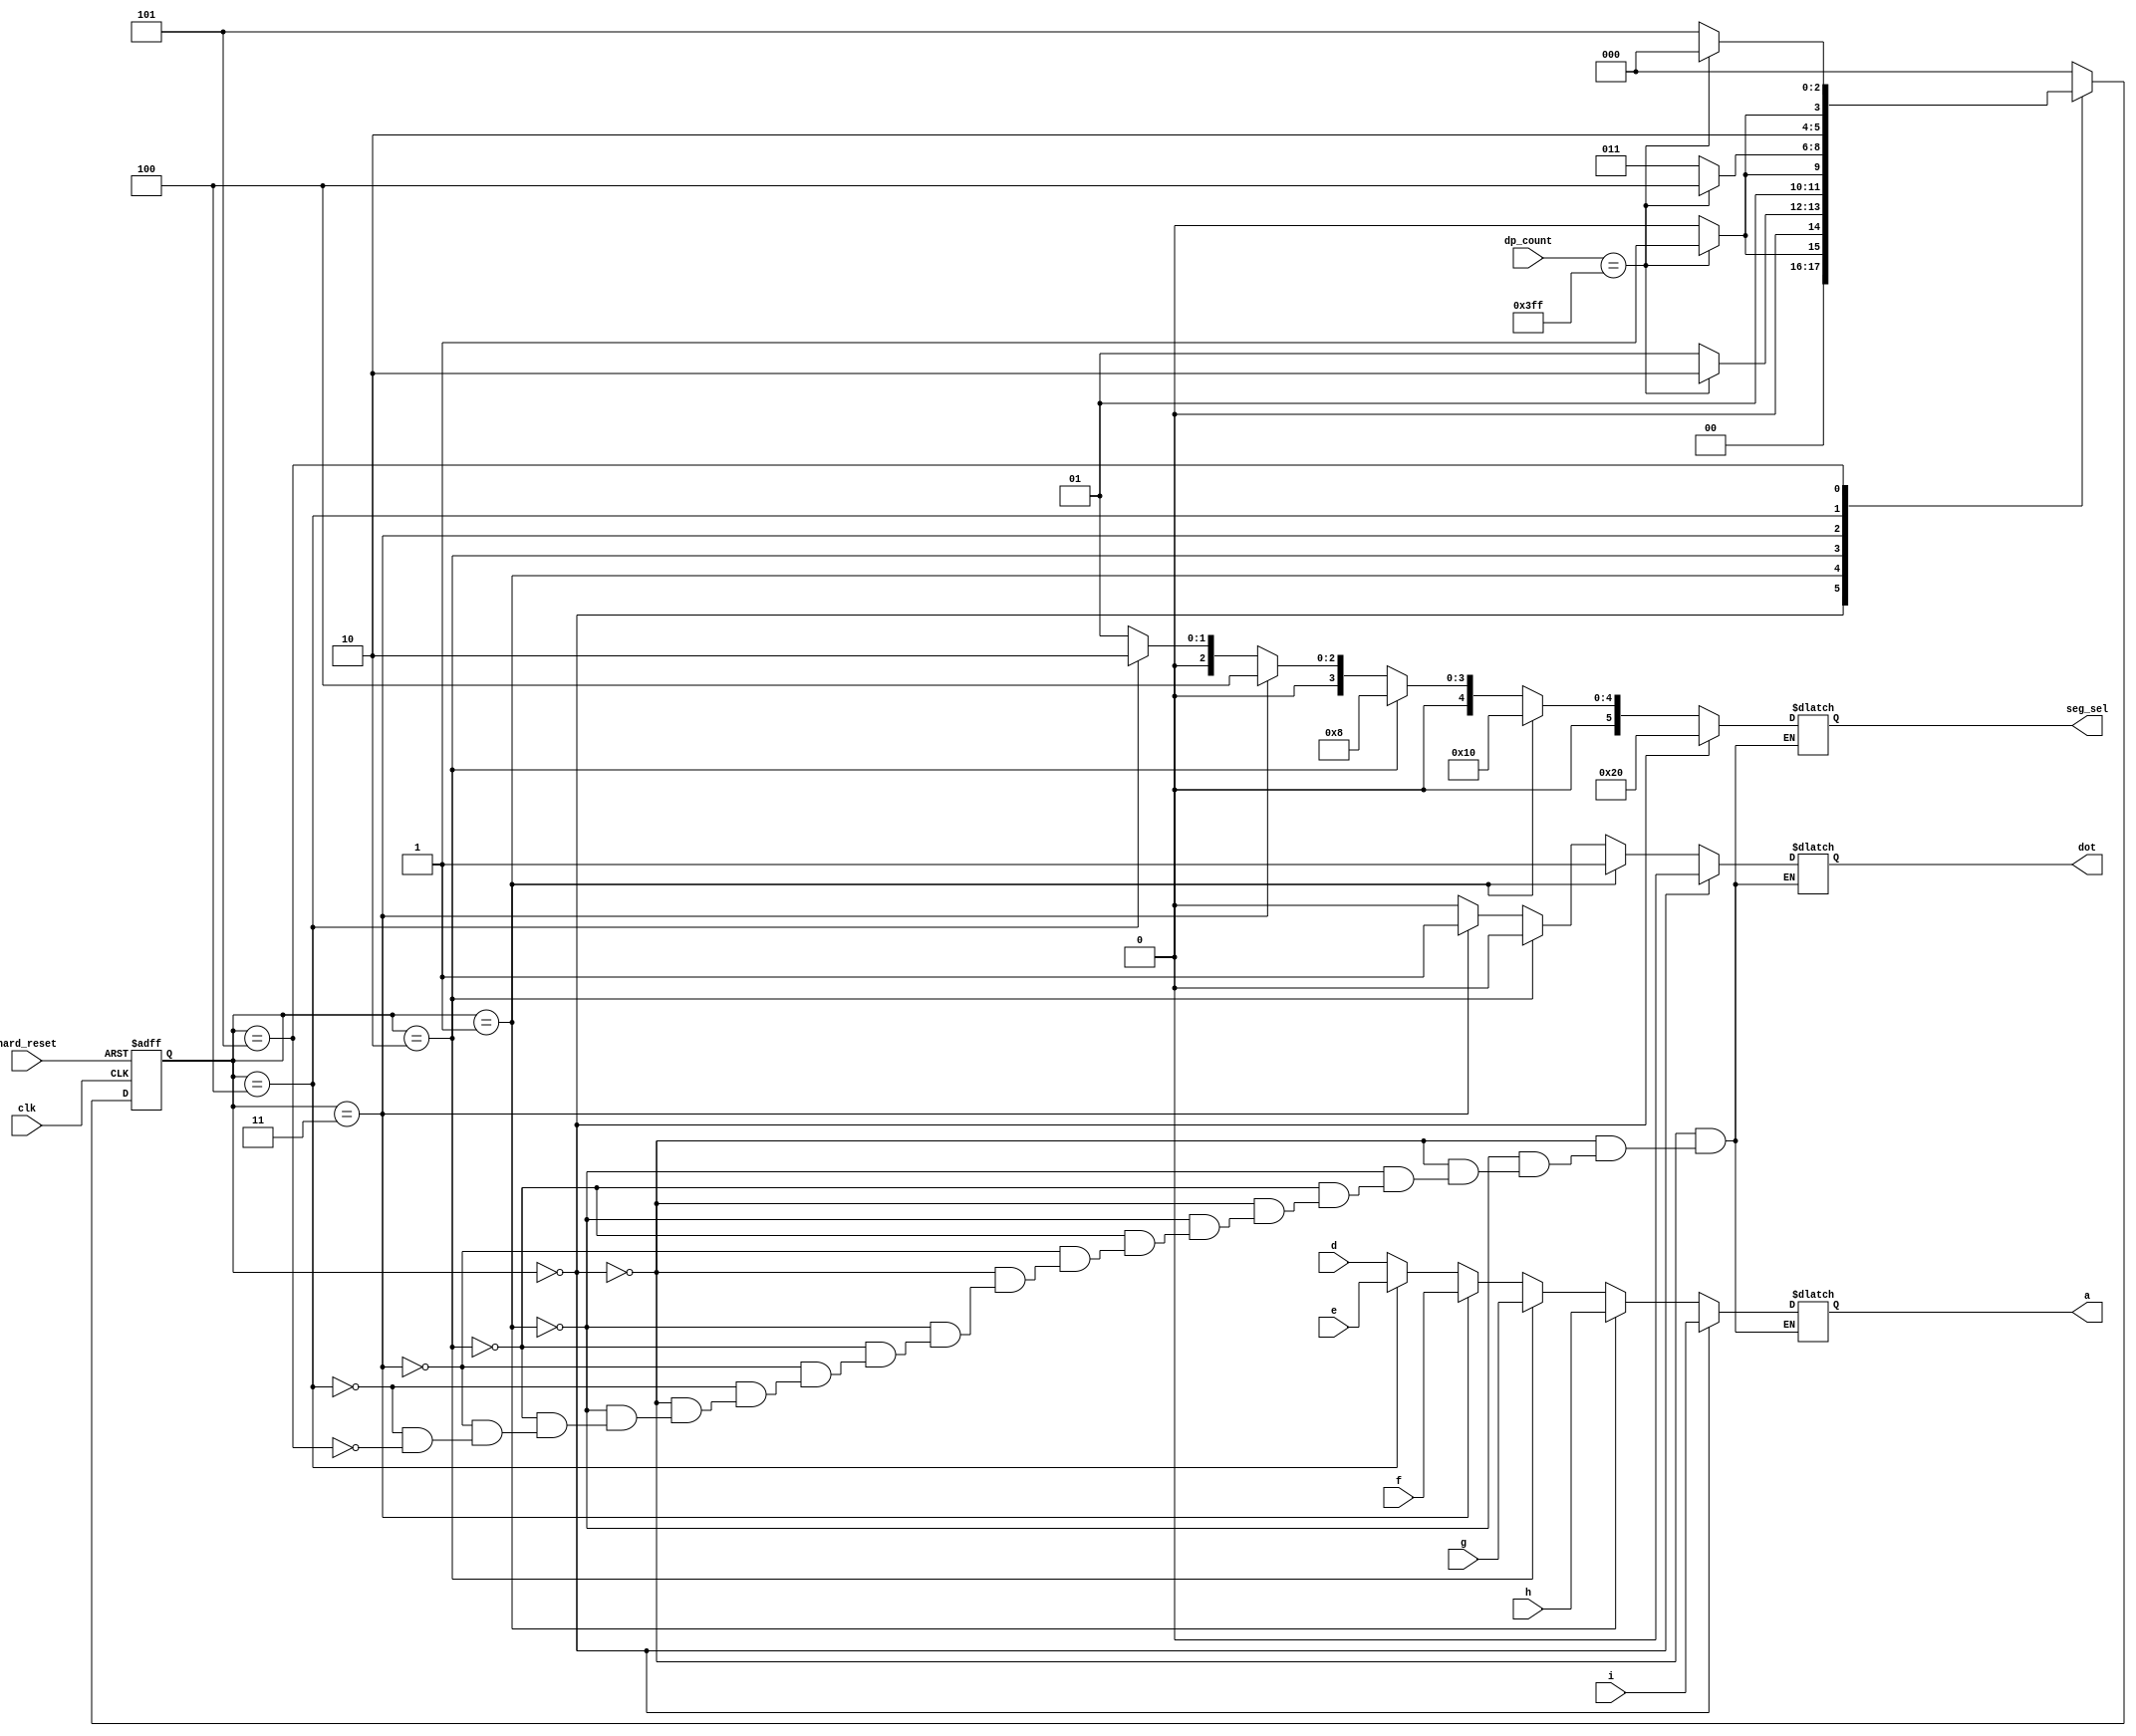
module dp_fsm(
clk, hard_reset, dot,
dp_count, // count value
a, // segment data in
seg_sel, // segment select
d, e, f, g, h, i); //    

input clk;
input hard_reset;
input [9:0] dp_count;
input [3:0] d;
input [3:0] e;
input [3:0] f;
input [3:0] g;
input [3:0] h;
input [3:0] i;
output reg [3:0] a;
output reg [5:0] seg_sel;
output reg dot;

reg [2:0] state, next_state;
//  
parameter S0=3'b000;
parameter S1=3'b001;
parameter S2=3'b010;
parameter S3=3'b011;
parameter S4=3'b100;
parameter S5=3'b101;
//    ( )
parameter seg_sel0 = 6'b100000; // left
parameter seg_sel1 = 6'b010000;
parameter seg_sel2 = 6'b001000;
parameter seg_sel3 = 6'b000100;
parameter seg_sel4 = 6'b000010;
parameter seg_sel5 = 6'b000001; // right

//  :       
always @ (posedge clk or negedge hard_reset) begin
  if (~hard_reset) state <= S5; //       
  else state <= next_state;
end

// next state logic
always @ (state or dp_count) begin
  case (state)
    S0: if (dp_count==10'h3FF) next_state=S1;
        else next_state=S0;
    S1: if (dp_count==10'h3FF) next_state=S2;
        else next_state=S1;
    S2: if (dp_count==10'h3FF) next_state=S3;
        else next_state=S2;
    S3: if (dp_count==10'h3FF) next_state=S4;
        else next_state=S3;
    S4: if (dp_count==10'h3FF) next_state=S5;
        else next_state=S4;
    S5: if (dp_count==10'h3FF) next_state=S0;
        else next_state=S5;
    default: next_state=S0;
  endcase
end

// output logic
always @ (state) begin
  if (state==S0) begin
    a=i;
    dot=0;
    seg_sel = seg_sel0;
  end
  else if (state==S1) begin
    a=h;
    dot=1;
    seg_sel = seg_sel1;
  end
  else if (state==S2) begin
    a=g;
    dot=0;
    seg_sel = seg_sel2;
  end
  else if (state==S3) begin
    a=f;
    dot=1;
    seg_sel = seg_sel3;
  end
  else if (state==S4) begin
    a=e;
    dot=0;
    seg_sel = seg_sel4;
  end
  else if (state==S5) begin
    a=d;
    dot=0;
    seg_sel = seg_sel5;
  end
end

endmodule